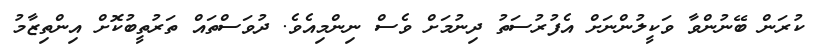
ކުރަން ބޭނުންވާ ވަކީލުންނަށް އެފުރުސަތު ދިނުމަށް ވެސް ނިންމިއެވެ. ދުވަސްތައް ތަރުތީބުކޮށް އިންތިޒާމު